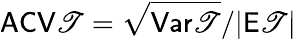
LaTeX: \mathsf{ACV}\mathscr T=\sqrt{\mathsf{Var}\mathscr T}/|\mathsf E\mathscr T|